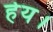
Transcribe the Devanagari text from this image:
हेय।